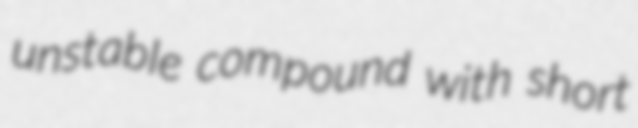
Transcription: unstable compound with short